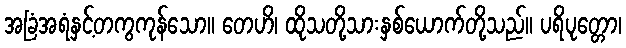
အခြံအရံနှင့်တကွကုန်သော။ တေဟိ၊ ထိုသတို့သားနှစ်ယောက်တို့သည်။ ပရိပုတ္တော၊